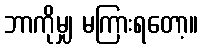
ဘာကိုမျှ မကြားရတော့။